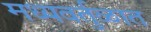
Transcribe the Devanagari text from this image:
मध्यवर्तुळात